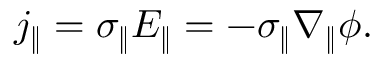
j _ { \| } = \sigma _ { \| } E _ { \| } = - \sigma _ { \| } \nabla _ { \| } \phi .